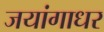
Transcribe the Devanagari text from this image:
जयांगाधर